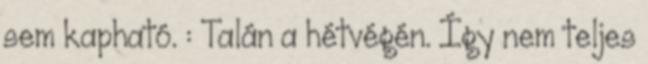
sem kapható. : Talán a hétvégén. Így nem teljes